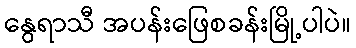
နွေရာသီ အပန်းဖြေစခန်းမြို့ပါပဲ။